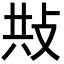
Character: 𢼦